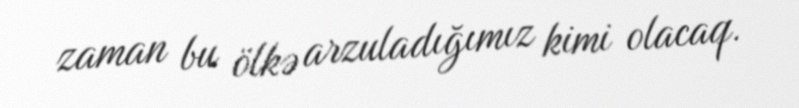
zaman bu ölkə arzuladığımız kimi olacaq.